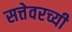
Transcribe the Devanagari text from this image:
सत्तेवरच्यी